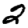
Digit: 2